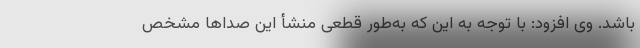
باشد. وی افزود: با توجه به این‌ که به‌طور قطعی منشأ این صداها مشخص